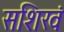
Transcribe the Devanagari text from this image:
सशिखं